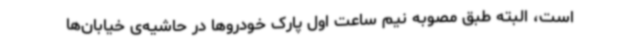
است، البته طبق مصوبه نیم ساعت اول پارک خودروها در حاشیه‌ی خیابان‌ها